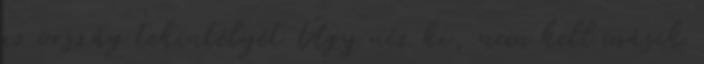
az ország tekintélyét Úgy néz ki, nem kell másik